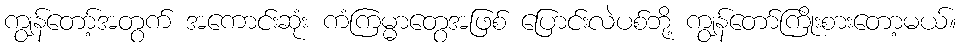
ကျွန်တော့်အတွက် အကောင်းဆုံး ကံကြမ္မာတွေအဖြစ် ပြောင်းလဲပစ်ဘို့ ကျွန်တော်ကြိုးစားတော့မယ်။